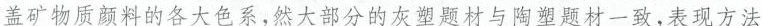
盖矿物质颜料降低各大色系，然大部分的灰塑题材与陶塑题材一致，表现方法